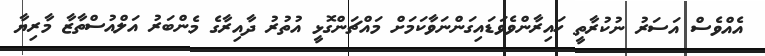
އެއްވެސް އަސަރު ނުކުރާތީ ހައިރާންވެވަޑައިގަންނަވާކަމަށް މައްޗަންގޮޅީ އުތުރު ދާއިރާގެ މެންބަރު އަލްއުސްތާޒާ މާރިޔާ